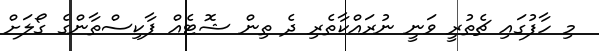
މި ހާފުގައި ޗެތުރީ ވަނީ ނުރައްކާތެރި ދެ ތިން ޝޮޓެއް ޕާކިސްތާންގެ ގޯލަށް